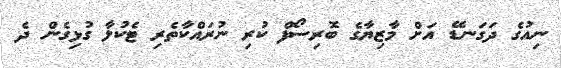
ނިއުގެ ދަގަނޑޭ އަށް މާޒިޔާގެ ބޮރިސޯފް ކުރި ނުރައްކާތެރި ޓެކުލާ ގުޅިގެން ދެ